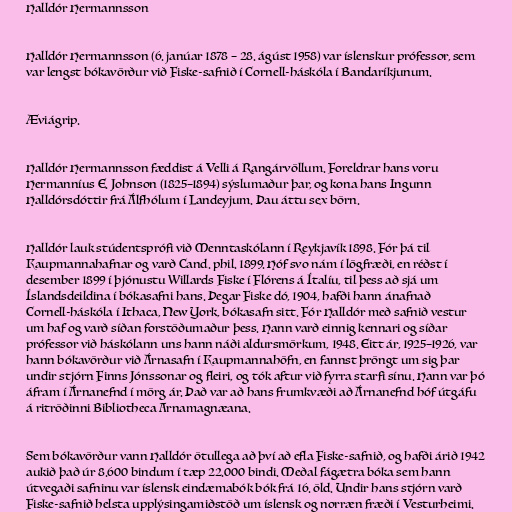
Halldór Hermannsson

Halldór Hermannsson (6. janúar 1878 – 28. ágúst 1958) var íslenskur prófessor, sem
var lengst bókavörður við Fiske-safnið í Cornell-háskóla í Bandaríkjunum.

Æviágrip.

Halldór Hermannsson fæddist á Velli á Rangárvöllum. Foreldrar hans voru
Hermanníus E. Johnson (1825–1894) sýslumaður þar, og kona hans Ingunn
Halldórsdóttir frá Álfhólum í Landeyjum. Þau áttu sex börn.

Halldór lauk stúdentsprófi við Menntaskólann í Reykjavík 1898. Fór þá til
Kaupmannahafnar og varð Cand. phil. 1899. Hóf svo nám í lögfræði, en réðst í
desember 1899 í þjónustu Willards Fiske í Flórens á Ítalíu, til þess að sjá um
Íslandsdeildina í bókasafni hans. Þegar Fiske dó, 1904, hafði hann ánafnað
Cornell-háskóla í Ithaca, New York, bókasafn sitt. Fór Halldór með safnið vestur
um haf og varð síðan forstöðumaður þess. Hann varð einnig kennari og síðar
prófessor við háskólann uns hann náði aldursmörkum, 1948. Eitt ár, 1925–1926, var
hann bókavörður við Árnasafn í Kaupmannahöfn, en fannst þröngt um sig þar
undir stjórn Finns Jónssonar og fleiri, og tók aftur við fyrra starfi sínu. Hann var þó
áfram í Árnanefnd í mörg ár. Það var að hans frumkvæði að Árnanefnd hóf útgáfu
á ritröðinni Bibliotheca Arnamagnæana.

Sem bókavörður vann Halldór ötullega að því að efla Fiske-safnið, og hafði árið 1942
aukið það úr 8.600 bindum í tæp 22.000 bindi. Meðal fágætra bóka sem hann
útvegaði safninu var íslensk eindæmabók bók frá 16. öld. Undir hans stjórn varð
Fiske-safnið helsta upplýsingamiðstöð um íslensk og norræn fræði í Vesturheimi.